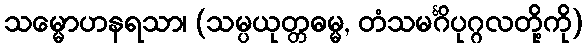
သမ္မောဟနရသာ၊ (သမ္ပယုတ္တဓမ္မ, တံသမင်္ဂိပုဂ္ဂလတို့ကို)